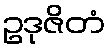
ဥဒုဇိတံ